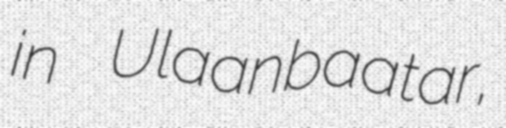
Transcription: in Ulaanbaatar,